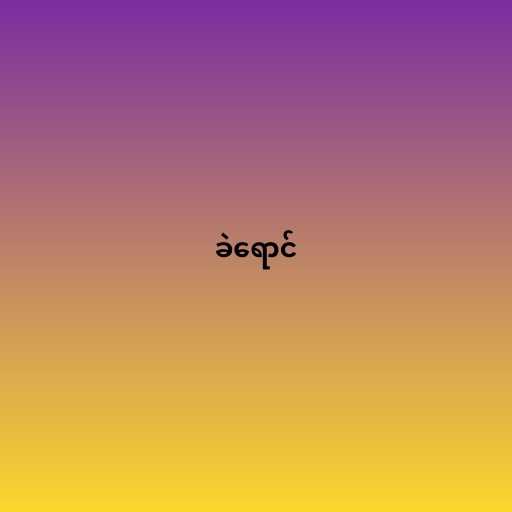
ခဲရောင်